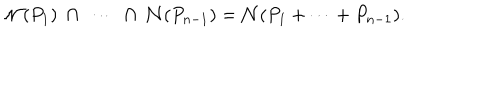
{ \cal N } ( P _ { 1 } ) \ \cap \ \cdots \ \cap \ { \cal N } ( P _ { n - 1 } ) = { \cal N } ( P _ { 1 } + \cdots + P _ { n - 1 } ) .